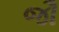
જૌ